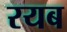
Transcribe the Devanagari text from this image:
रयब